Medical and sanitary report of the native army of Madras for the year
Year: 1872
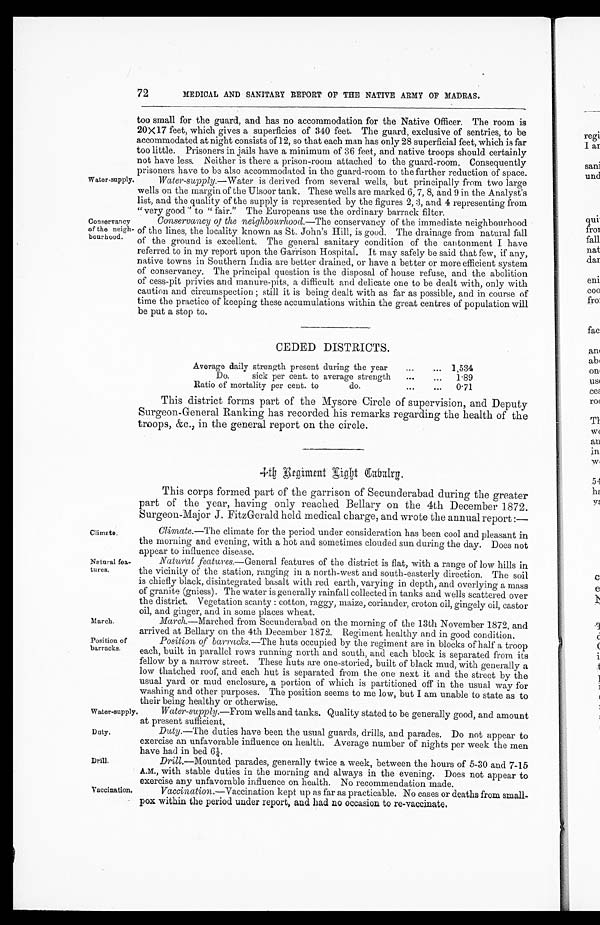
Water-supply.
Conservancy
of the neigh
-bourhood.
Climate.
Natural fea
-tures.
March.
Position of
barracks.
Duty.
Drill.
72
MEDICAL AND SANITARY REPORT OF THE NATIVE ARMY OF MADRAS.
too small for the guard, and has no accommodation for the Native Officer. The room is
20x17 feet, which gives a superficies of 340 feet. The guard, exclusive of sentries, to be
accommodated at night consists of 12, so that each man has only 28 superficial feet, which is far
too little. Prisoners in jails have a minimum of 36 feet, and native troops should certainly
not have less. Neither is there a prison-room attached to the guard-room, Consequently
p r i s o n e r s h a v e t o b e a l s o a c c o m m o d a t e d i n t h e g u a r d - r o o m t o t h e f u r t h e r r e d u c t i o n o f s p a c e .
Water-supply .—Water is derived from several wells, but principally from two large
wells on the margin of the Ulsoor tank. These wells are marked 6, 7, 8, and 9 in the Analyst's
list, and the quality of the supply is represented by the figures 2, 3, and 4 representing from
" v e r y g o o d " t o " f a i r . " T h e E u r o p e a n s u s e t h e o r d i n a r y b a r r a c k f i l t e r .
Conservancy of the neighbourhood .—The conservancy of the immediate neighbourhood
of the lines, the locality known as St. John's Hill, is good. The drainage from natural fall
of the ground is excellent. The general sanitary condition of the cantonment I have
referred to in my report upon the Garrison Hospital. It may safely be said that few, if any,
native towns in Southern India are better drained, or have a better or more efficient system
of conservancy. The principal question is the disposal of house refuse, and the abolition
of cess-pit privies and manure-pits, a difficult and delicate one to be dealt with, only with
caution and circumspection ; still it is being dealt with as far as possible, and in course of
time the practice of keeping these accumulations within the great centres of population will
be put a stop to.
CEDED DISTRICTS.
Average daily strength present during the year . . .
1,534
Do. sick per cent. to average strength . . .
1.89
Ratio of mortality per cent. to do . . .
0.71
This district forms part of the Mysore Circle of supervision, and Deputy
Surgeon-General Ranking has recorded his remarks regarding the health of the
troops, &c., in the general report on the circle.
4th Regiment Light Cabalry.
This corps formed part of the garrison of Secunderabad during the greater
part of the year, having only reached Bellary on the 4th December 1872.
Surgeon-Major J. FitzGerald held medical charge, and wrote the annual report :—
Climate .—The climate for the period under consideration has been cool and pleasant in
the morning and evening, with a hot and sometimes clouded sun during the day. Does not
appear to influence disease.
Natural features .—General features of the district is flat, with a range of low hills in
the vicinity of the station, ranging in a north-west and south-easterly direction. The soil
is chiefly black, disintegrated basalt with red earth, varying in depth, and overlying a mass
of granite (gniess). The water is generally rainfall collected in tanks and wells scattered over
the district. Vegetation scanty : cotton, raggy, maize, coriander, croton oil, gingely oil, castor
oil, and ginger, and in some places wheat.
March.—Marched from Secunderabad on the morning of the 13th November 1872, and
arrived at Bellary on the 4th December 1872. Regiment healthy and in good condition.
Position of barracks .—The huts occupied by the regiment are in blocks of half a troop
each, built in parallel rows running north and south, and each block is separated from its
fellow by a narrow street. These huts are one-storied, built of black mud, with generally a
low thatched roof, and each hut is separated from the one next it and the street by the
usual yard or mud enclosure, a portion of which is partitioned off in the usual way for
washing and other purposes. The position seems to me low, but I am unable to state as to
t h e i r b e i n g h e a l t h y o r o t h e r w i s e .
Water-supply
Water-supply.—From wells and tanks. Quality stated to be generally good, and amount
at present sufficient.
Duty .—The duties have been the usual guards, drills, and parades. Do not appear to
exercise an unfavorable influence on health. Average number of nights per week the men
have had in bed 6¼.
Drill .—Mounted parades, generally twice a week, between the hours of 5-30 and 7-15
A.M., with stable duties in the morning and always in the evening. Does not appear to
exercise any unfavorable influence on health. No recommendation made.
Vaccination.
Vaccination .—Vaccination kept up as far as practicable. No cases or deaths from small
-pox within the period under report, and had no occasion to re-vaccinate.